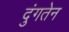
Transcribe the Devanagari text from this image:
दुंगतेन